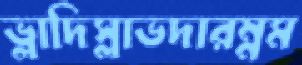
ভ্লাদিস্লাভদারম্নম